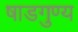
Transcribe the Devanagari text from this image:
षाडगुण्य